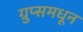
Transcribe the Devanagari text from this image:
ग्रुप्समधून